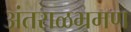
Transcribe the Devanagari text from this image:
अंतराळभ्रमण